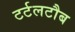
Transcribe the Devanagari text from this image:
टर्टलटौब